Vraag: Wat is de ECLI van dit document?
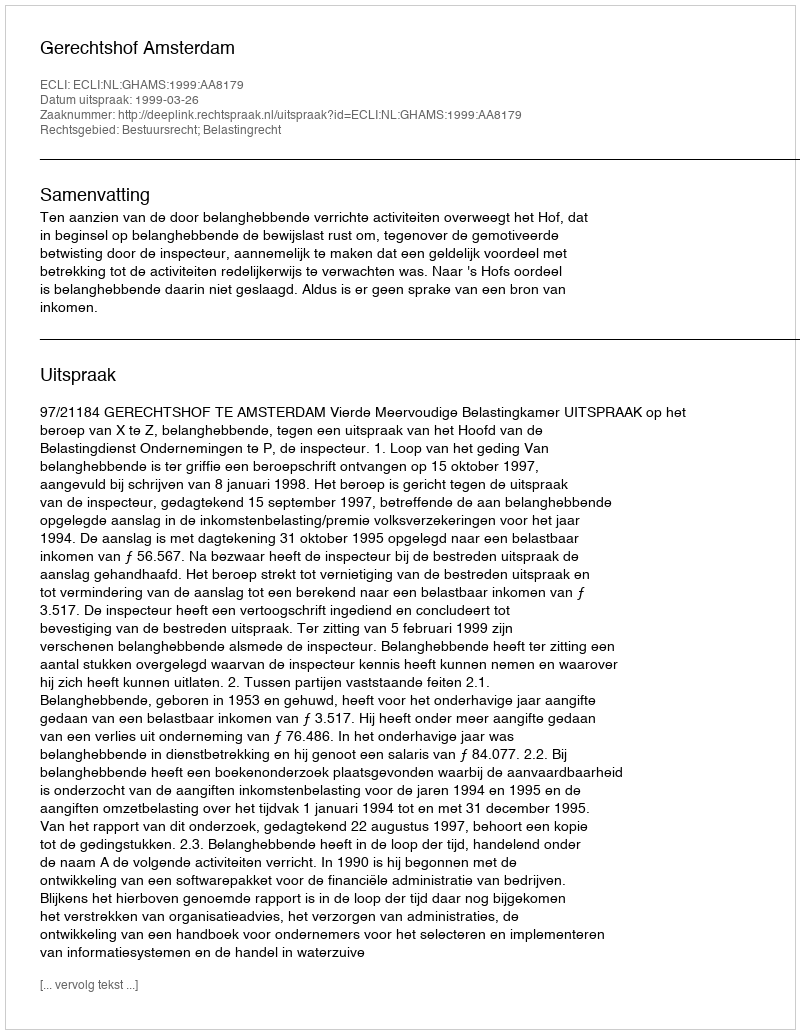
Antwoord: ECLI:NL:GHAMS:1999:AA8179